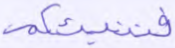
فننبئكم